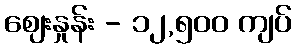
ဈေးနှုန်း - ၁၂,၅၀၀ ကျပ်